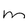
Character: m